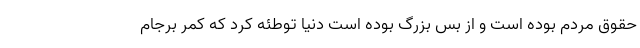
حقوق مردم بوده است و از بس بزرگ بوده است دنیا توطئه کرد که کمر برجام